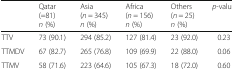
<table><thead><tr><td></td><td><b>Qatar (=81) <i>n</i> (%)</b></td><td><b>Asia (<i>n</i> = 345) <i>n</i> (%)</b></td><td><b>Africa (<i>n</i> = 156) <i>n</i> (%)</b></td><td><b>Others (<i>n</i> = 25) <i>n</i> (%)</b></td><td><b><i>p</i>-value</b></td></tr></thead><tbody><tr><td>TTV</td><td>73 (90.1)</td><td>294 (85.2)</td><td>127 (81.4)</td><td>23 (92.0)</td><td>0.23</td></tr><tr><td>TTMDV</td><td>67 (82.7)</td><td>265 (76.8)</td><td>109 (69.9)</td><td>22 (88.0)</td><td>0.06</td></tr><tr><td>TTMV</td><td>58 (71.6)</td><td>223 (64.6)</td><td>105 (67.3)</td><td>18 (72.0)</td><td>0.60</td></tr></tbody></table>